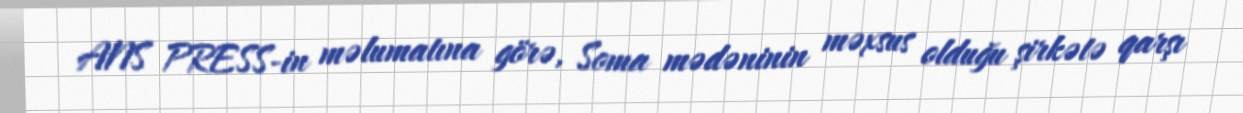
ANS PRESS-in məlumatına görə, Soma mədəninin məxsus olduğu şirkətə qarşı